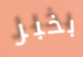
بخبر